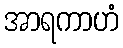
အာရကာဟံ